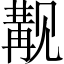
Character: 觏